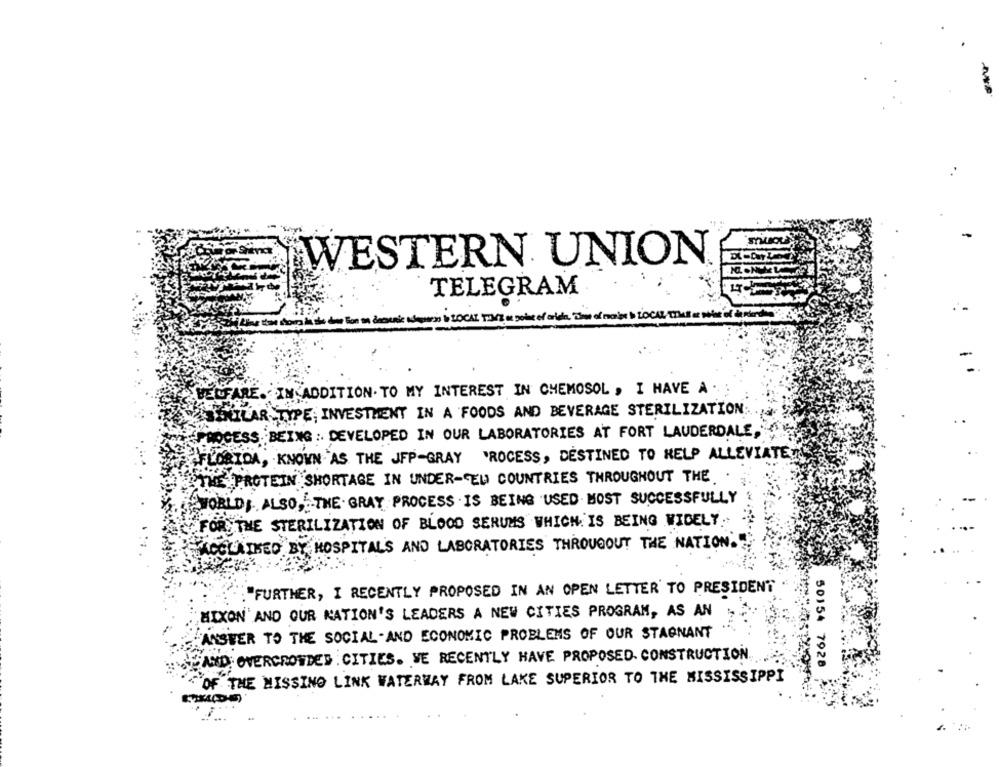
WESTERN UNION
TELEGRAM
WELFARE. IN ADDITION TO MY INTEREST IN CHEMOSOL , I HAVE A .
SENICAR TYPE, INVESTMENT IN A FOODS AND BEVERAGE STERILIZATION
PROCESS BEING : DEVELOPED IN OUR LABORATORIES AT FORT LAUDERDALE,
FLORIDA, KNOWN AS THE JFP-GRAY PROCESS, DESTINED TO HELP ALLEVIATE
THE PROTEIN SHORTAGE IN UNDER-EU COUNTRIES THROUGHOUT THE.
WORLDS. ALSO, THE GRAY PROCESS IS BEING USED MOST SUCCESSFULLY
FOR THE STERILIZATION OF BLOOD SERUMS WHICH IS BEING WIDELY
ACCLAIMED BY HOSPITALS AND LABORATORIES THROUGOUT THE NATION.
"FURTHER, I RECENTLY PROPOSED IN AN OPEN LETTER TO PRESIDENT
MIXON AND OUR NATION'S LEADERS A NEW CITIES PROGRAM, AS AN
"ANSWER TO THE SOCIAL AND ECONOMIC PROBLEMS OF OUR STAGNANT
AND OVERCROWDED CITIES. VE RECENTLY HAVE PROPOSED. CONSTRUCTION
50154 7928
"OF THE MISSING LINK WATERWAY FROM LAKE SUPERIOR TO THE MISSISSIPPI